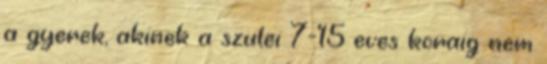
a gyerek, akinek a szulei 7-15 eves koraig nem